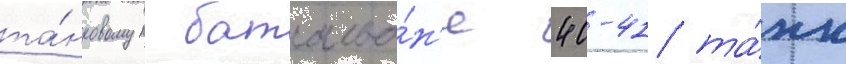
та́нковом батальо́н'е 40-41 та́нк